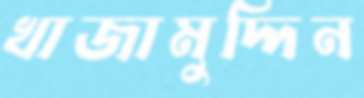
খাজামুদ্দিন